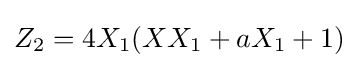
Z_{2}=4X_{1}(XX_{1}+aX_{1}+1)